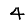
Digit: 4